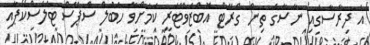
އެ ދިރާސާގައި ނާސާގެ ތިން ގްރޭޓް އޮބްޒަވޭޓަރީ ކަމަށްވާ ހަބުލް ސްޕޭސް ޓެލެސްކޯޕާއި